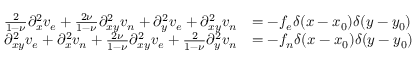
\begin{array} { r l r } { \frac { 2 } { 1 - \nu } \partial _ { x } ^ { 2 } v _ { e } + \frac { 2 \nu } { 1 - \nu } \partial _ { x y } ^ { 2 } v _ { n } + \partial _ { y } ^ { 2 } v _ { e } + \partial _ { x y } ^ { 2 } v _ { n } } & { = - f _ { e } \delta ( x - x _ { 0 } ) \delta ( y - y _ { 0 } ) } & \\ { \partial _ { x y } ^ { 2 } v _ { e } + \partial _ { x } ^ { 2 } v _ { n } + \frac { 2 \nu } { 1 - \nu } \partial _ { x y } ^ { 2 } v _ { e } + \frac { 2 } { 1 - \nu } \partial _ { y } ^ { 2 } v _ { n } } & { = - f _ { n } \delta ( x - x _ { 0 } ) \delta ( y - y _ { 0 } ) } & \end{array}